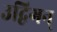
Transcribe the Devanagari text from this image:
उद्विगन्